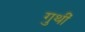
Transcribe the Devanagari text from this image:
गुथीं